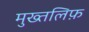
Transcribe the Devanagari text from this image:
मुख्तलिफ़